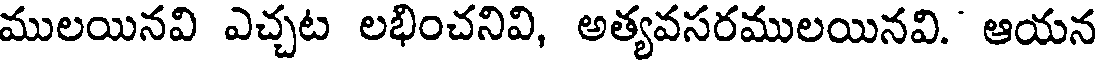
ములయినవి ఎచ్చట లభించనివి, అత్యవసరములయినవి. ఆయన